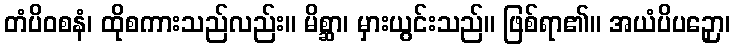
တံပိဝစနံ၊ ထိုစကားသည်လည်း။ မိစ္ဆာ၊ မှားယွင်းသည်။ ဖြစ်ရာ၏။ အယံပိပဉှော၊